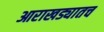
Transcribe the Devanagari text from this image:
आराखड्यातच